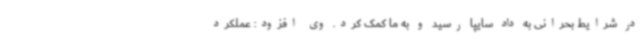
در شرایط بحرانی به داد سایپا رسید و به ما کمک کرد. وی افزود: عملکرد